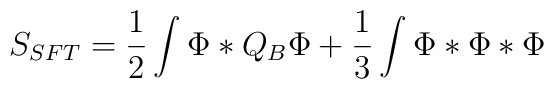
S_{SFT} = \frac12\int \Phi*Q_B\Phi +\frac13\int \Phi*\Phi*\Phi